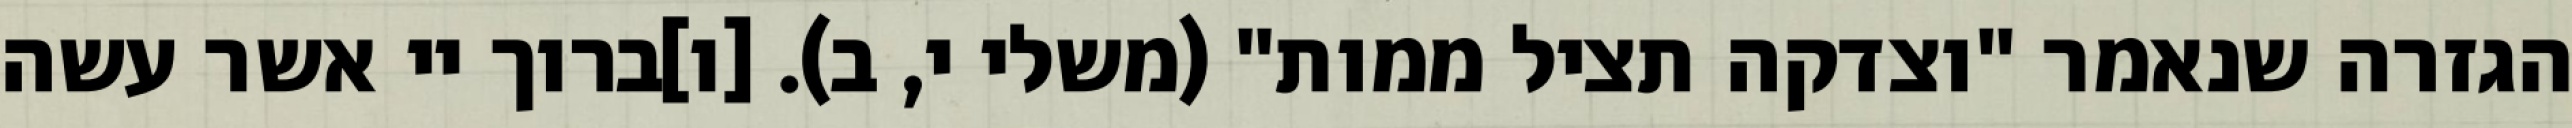
הגזרה שנאמר "וצדקה תציל ממות" (משלי י, ב). [ו]ברוך יי אשר עשה